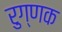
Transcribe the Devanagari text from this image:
रुग्णक